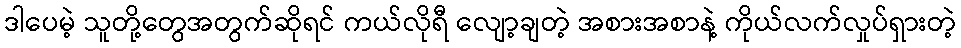
ဒါပေမဲ့ သူတို့တွေအတွက်ဆိုရင် ကယ်လိုရီ လျော့ချတဲ့ အစားအစာနဲ့ ကိုယ်လက်လှုပ်ရှားတဲ့